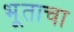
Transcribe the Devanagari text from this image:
भूताचा